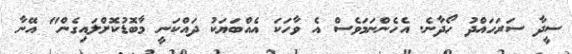
ސީދާ ސަރަހައްދު ހޯދާނެ. އެހެންނަަމަވެސް އެ ވާހަކަ އެއްބަޔަކު ދައްކަނީ މާބޮޑުކޮށްލައިގެން" އޭނާ